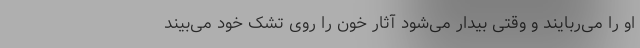
او را می‌ربایند و وقتی بیدار می‌شود آثار خون را روی تشک خود می‌بیند